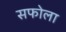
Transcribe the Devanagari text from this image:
सफोला